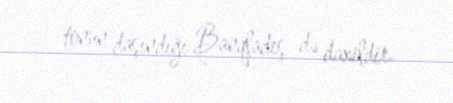
tonun daşındığı Banqladeş də daxildir.